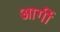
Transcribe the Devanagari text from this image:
आर्गी